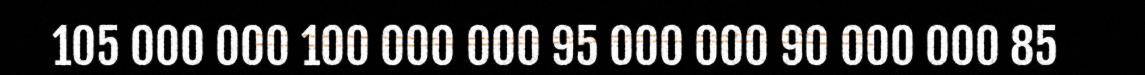
105 000 000 100 000 000 95 000 000 90 000 000 85